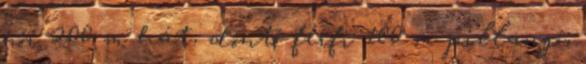
női 200 m hát, döntő férfi 100 m pillangó,